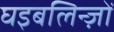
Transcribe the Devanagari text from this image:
घइबलिन्ज़ों